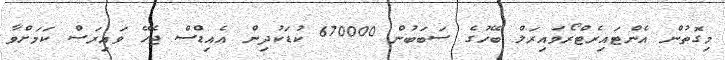
މިގޮތުން އެންޓައިރެޓްރޯވައިރަލް ބޭހުގެ ސަބަބުން 670000 ކުޑަކުދިން އެއިޑްސް ޖެހޭ ވައިރަސް ކަމަށްވާ